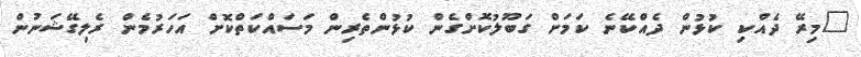
"މިރޭ ދެއްކި ކުޅުން ދެއްކޭނެ ކަމަށް ގަބޫލުކޮށްގެން ކުޅުންތެރިން މަސައްކަތްކޮށް އަހަރުމެން ރެލިގޭޝަނުން